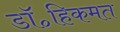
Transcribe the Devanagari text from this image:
डॉ॰हिकमत